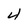
Character: 4